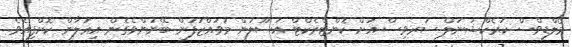
މޯލްޑިވްސް ކަރެކްޝަނަލް ސަރވިސް އަށް ކޮންޓްރެކްޓް އުސޫލުން މުވައްޒަފުން ބޭނުންވެގެން އިޢުލާން ކޮށްފިއެވެ.